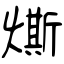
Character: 燍